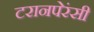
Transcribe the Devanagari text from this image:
टरानपेरंसी